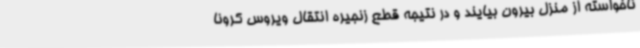
ناخواسته از منزل بیرون بیایند و در نتیجه قطع زنجیره انتقال ویروس کرونا